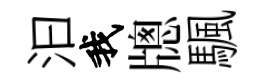
汩我牕颿